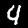
Digit: 4